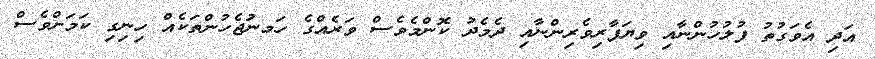
އަދި އެވަގުތު ފުލުހުންނާއި ވިޔަފާރިވެރިންނާއި ދެމެދު ކޮންމެވެސް ވަރެއްގެ ހަަމނަުޖެހުންތަކެއް ހިނިގި ކަމަށްވެސް